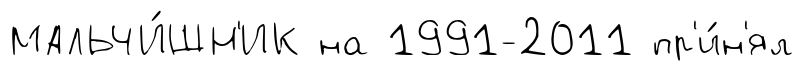
МАЛЬЧИ́ШН'ИК на 1991-2011 пр'и́н'ял